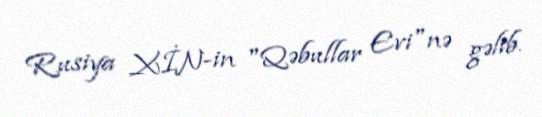
Rusiya XİN-in "Qəbullar Evi"nə gəlib.